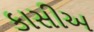
કાસીઅ